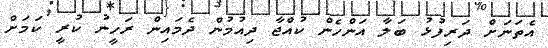
އެތަނަށް ދަރިފުޅު ބަލާ އަންހެން ކުއްޖާ ދިއުމުން ދެމައިން ރަހީނު ކުރީ ކަމަށް